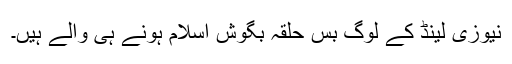
نیوزی لینڈ کے لوگ بس حلقہ بگوش اسلام ہونے ہی والے ہیں۔